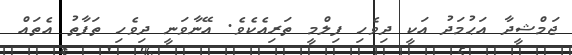
ޖަމްޝީދާ އަޙުމަދު އަކީ ދިވެހި ފިލްމީ ތަރިއެކެވެ. އޭނާވަނީ ދިވެހި ތަފާތު އެތައް